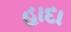
હાદા